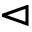
\vartriangleleft